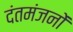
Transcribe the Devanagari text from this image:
दंतमंजनों